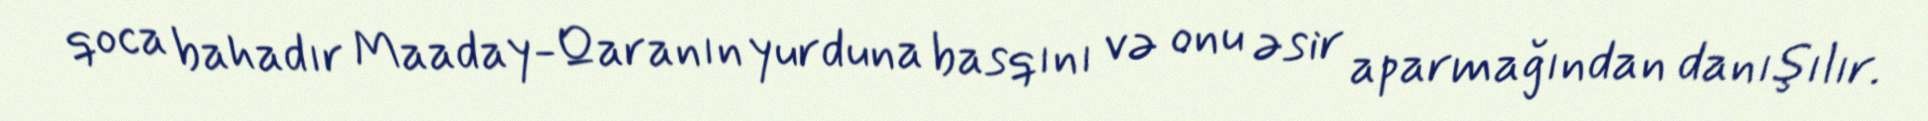
qoca bahadır Maaday-Qaranın yurduna basqını və onu əsir aparmağından danışılır.